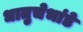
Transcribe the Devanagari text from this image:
धातुचेभांडे